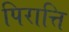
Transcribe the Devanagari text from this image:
पिरात्ति